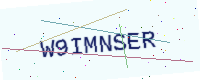
Text: W9IMNSER